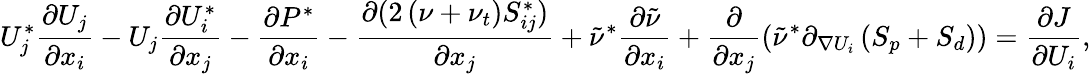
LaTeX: U_{j}^{*}\frac{\partial U_{j}}{\partial x_{i}}-U_{j}\frac{\partial U_{i}^{*}}{\partial x_{j}}-\frac{\partial P^{*}}{\partial x_{i}}-\frac{\partial(2\left(\nu+\nu_{t}\right)S_{ij}^{*})}{\partial x_{j}}+\tilde{\nu}^{*}\frac{\partial\tilde{\nu}}{\partial x_{i}}+\frac{\partial}{\partial x_{j}}\left(\tilde{\nu}^{*}\partial_{\nabla U_{i}}\left(S_{p}+S_{d}\right)\right)=\frac{\partial J}{\partial U_{i}},